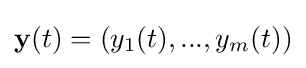
\mathbf {y} (t)=(y_{1}(t),...,y_{m}(t))